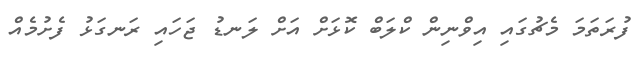
ފުރަތަމަ މެޗުގައި އިވްނިން ކްލަބް ކޮޅަށް އަށް ލަނޑު ޖަހައި ރަނގަޅު ފެށުމެއް